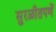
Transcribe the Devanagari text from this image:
सुरळीतपणें